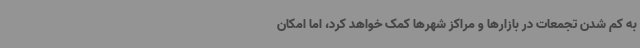
به کم شدن تجمعات در بازارها و مراکز شهرها کمک خواهد کرد، اما امکان